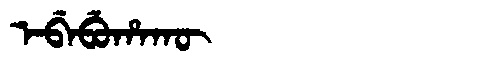
Manchu: ᡝᠪᡝᠪᡠᡥᠠᡴᡡ
Romanization: EBEBUHAKŪ